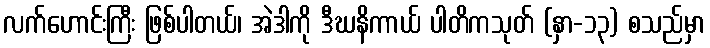
လက်ဟောင်းကြီး ဖြစ်ပါတယ်၊ အဲဒါကို ဒီဃနိကာယ် ပါတိကသုတ် (နှာ-၁၃) စသည်မှာ